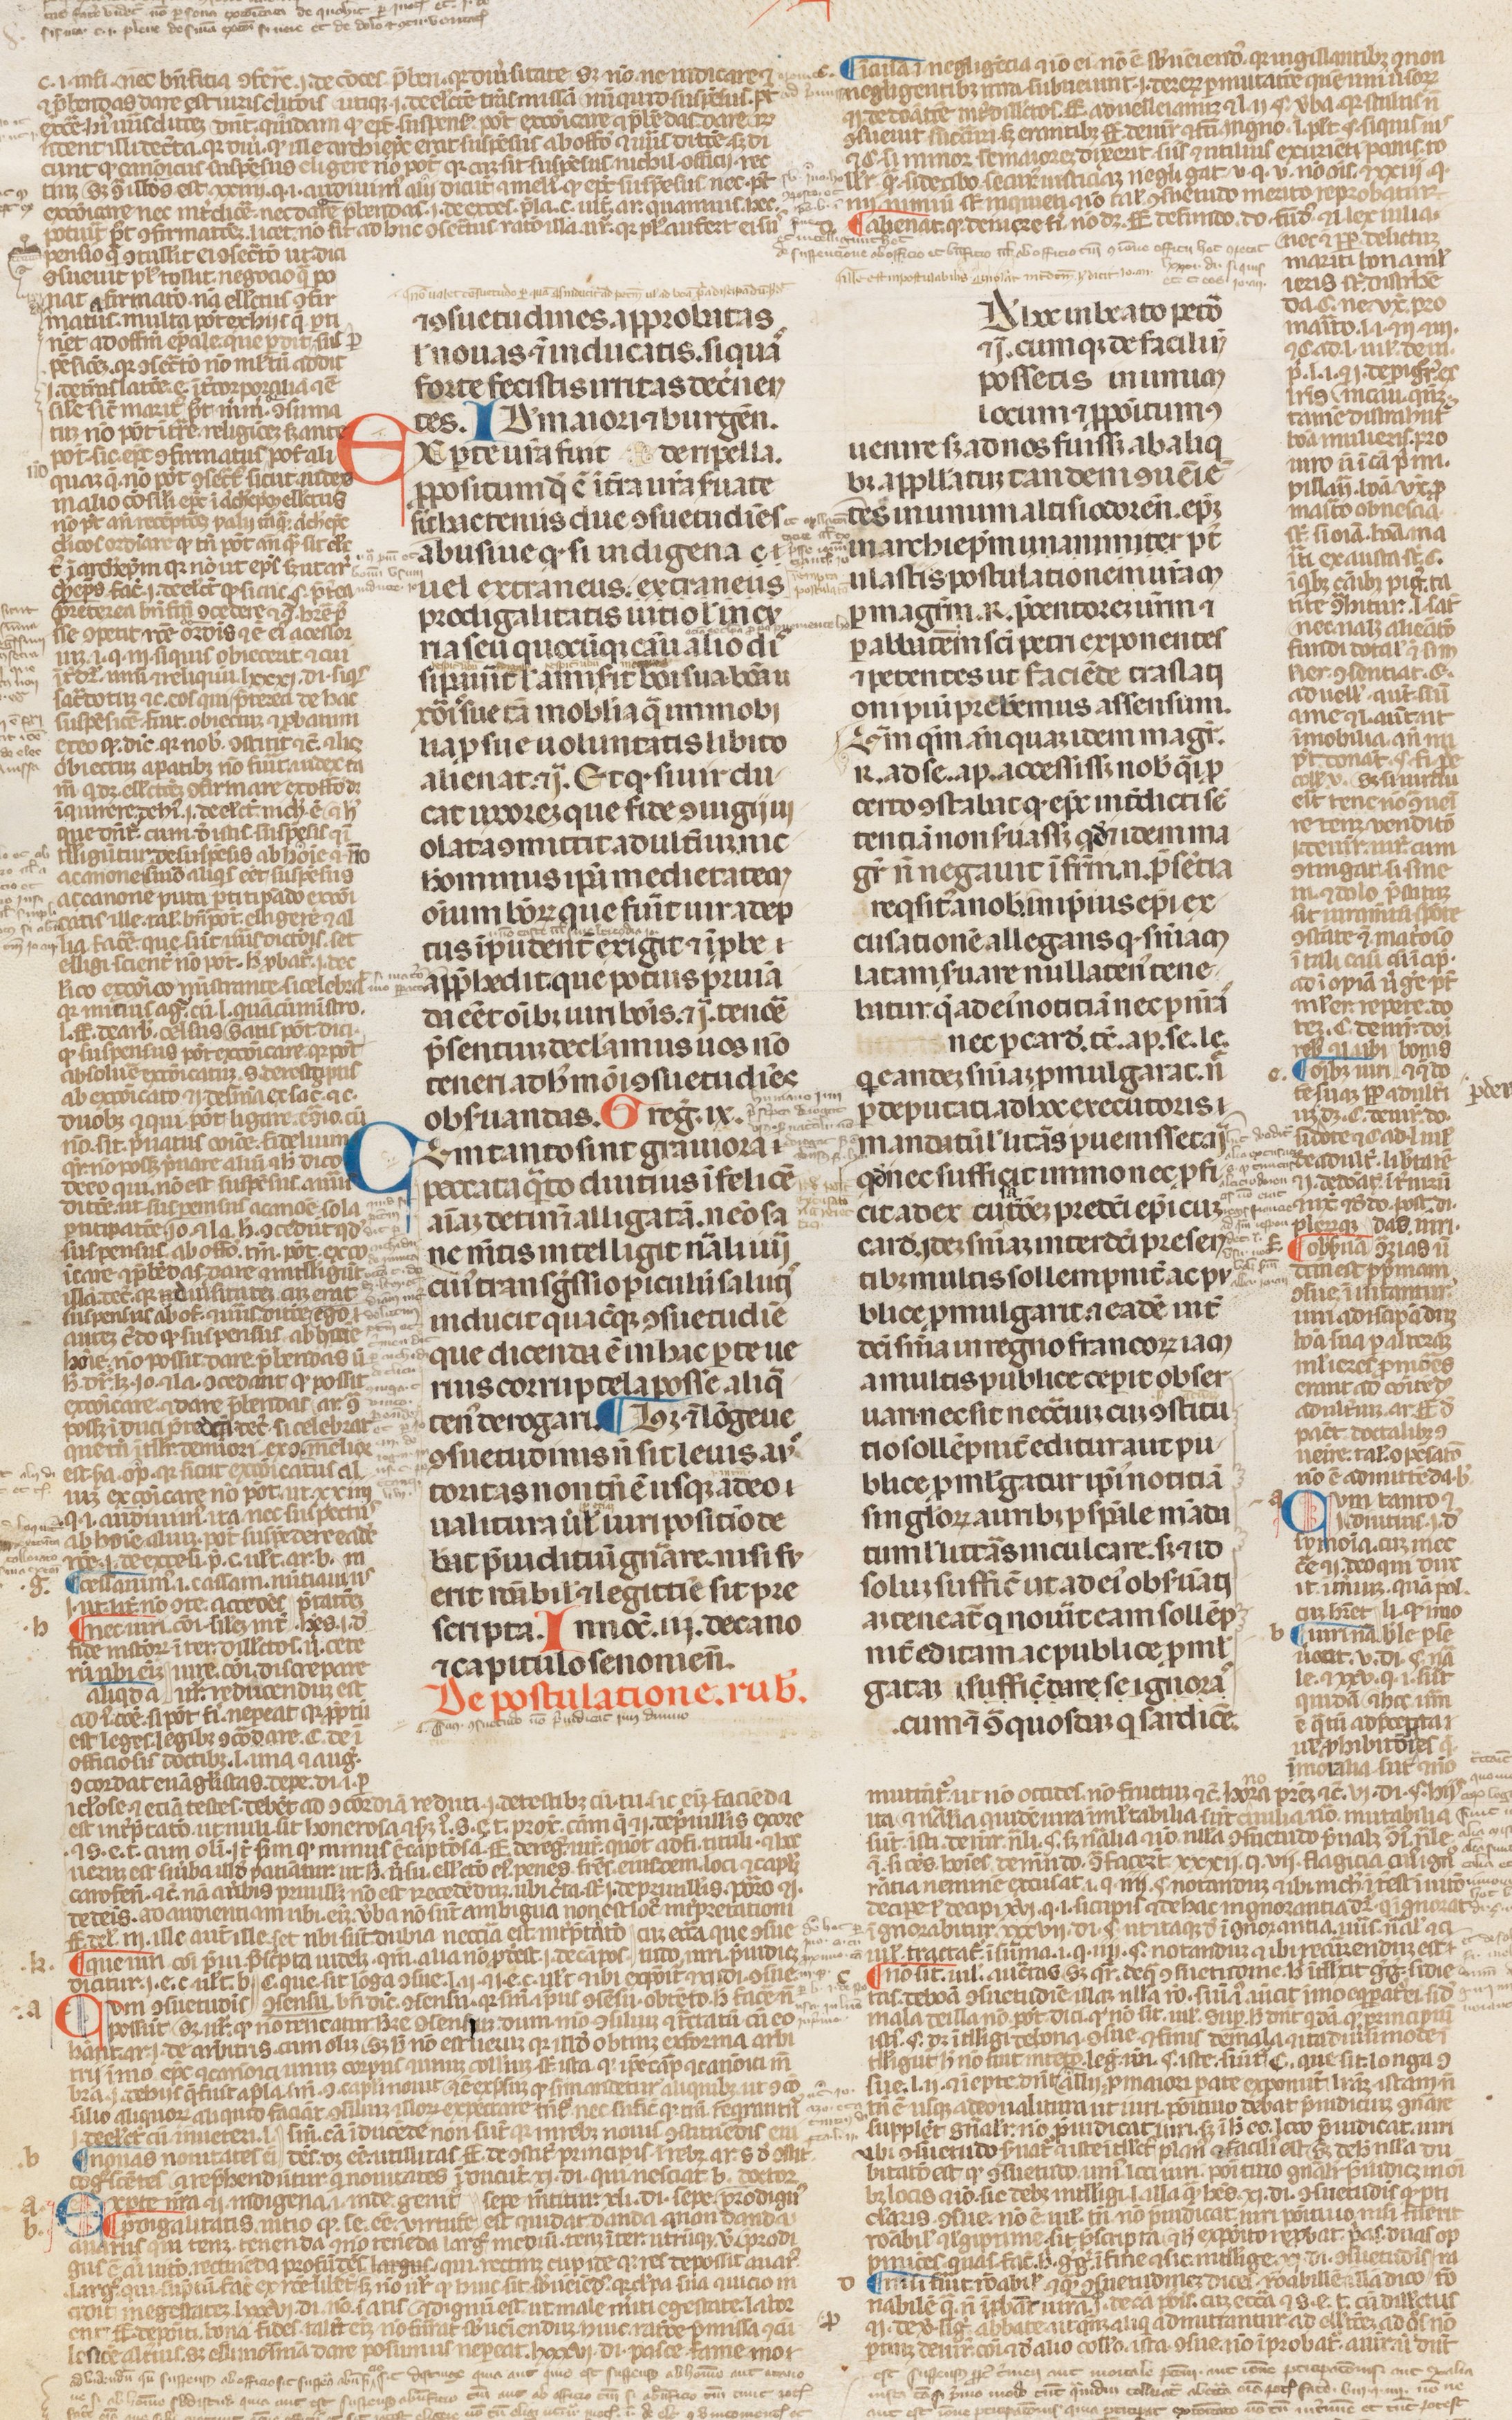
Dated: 1250–1399